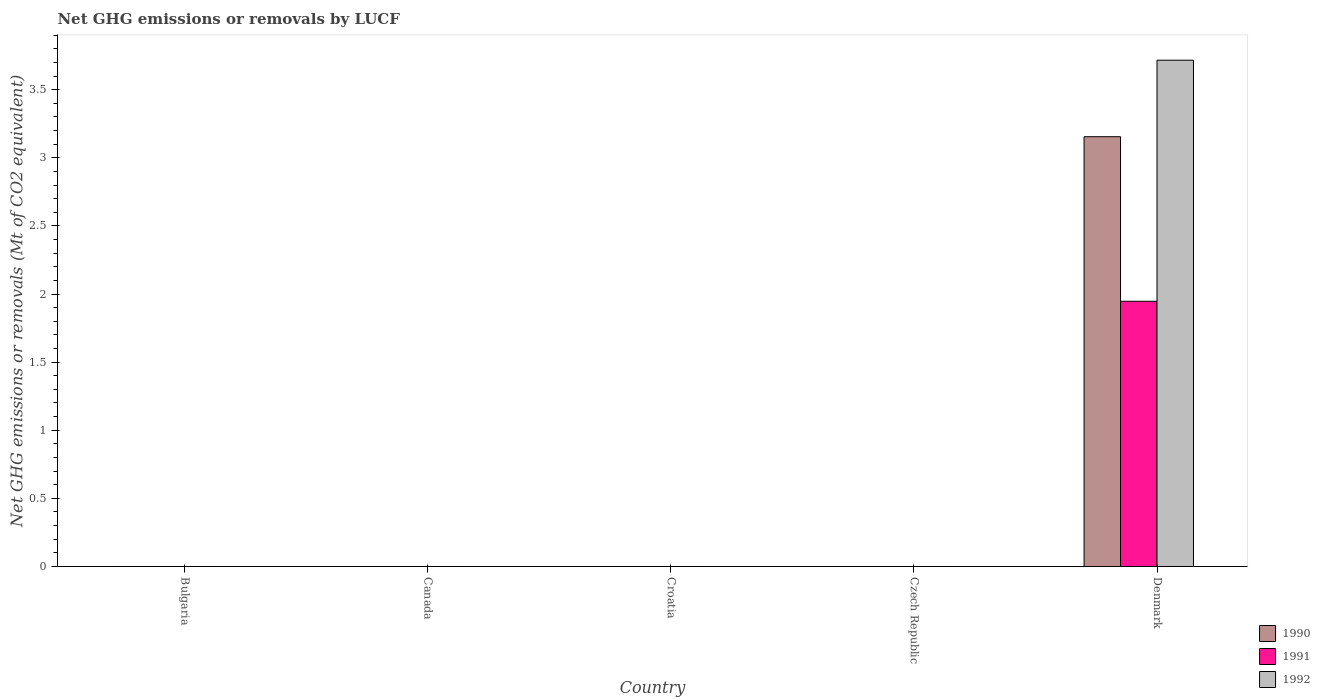
| Country | 1990 | 1991 | 1992 |
 | --- | --- | --- | --- |
 | Bulgaria | -13.8 | -13.7 | -13.3 |
 | Canada | -67.5 | -41.2 | -89.6 |
 | Croatia | -6.93 | -6.83 | -6.83 |
 | Czech Republic | -3.63 | -9.04 | -10.8 |
 | Denmark | 3.15 | 1.95 | 3.72 |